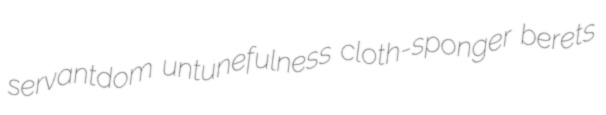
servantdom untunefulness cloth-sponger berets